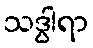
သဒွါရာ